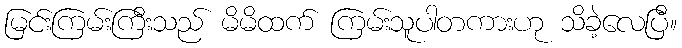
မြင်းကြမ်းကြီးသည် မိမိထက် ကြမ်းသူပါတကားဟု သိခဲ့လေပြီ။